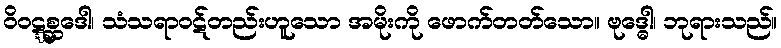
ဝိဝဋ္ဋစ္ဆဒေါ၊ သံသရာဝဋ်တည်းဟူသော အမိုးကို ဖောက်တတ်သော။ ဗုဒ္ဓေါ၊ ဘုရားသည်။